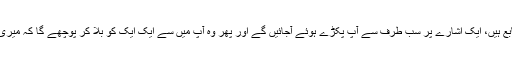
ہوا اس کی غلام ہے، زمین اس کی بندی ہے، پانی اور اس کی مچھلیاں سب اس کے حکم کی تابع ہیں، ایک اشارے پر سب طرف سے آپ پکڑے ہوئے آجائیں گے اور پھر وہ آپ میں سے ایک ایک کو بلا کر پوچھے گا کہ میری رعیت ہوکر بادشاہی (Sovereignty) کا دعویٰ کرنے کا حق تمہیں کہاں سے پہنچ گیا تھا؟